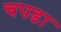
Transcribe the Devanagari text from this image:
चपडा